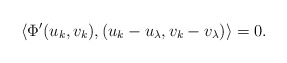
\begin{align*} \langle \Phi'(u_k,v_k ), (u_k-u_{\lambda}, v_k-v_{\lambda})\rangle = 0. \end{align*}